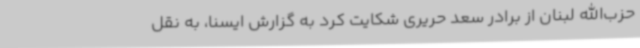
حزب‌الله لبنان از برادر سعد حریری شکایت کرد به گزارش ایسنا، به نقل